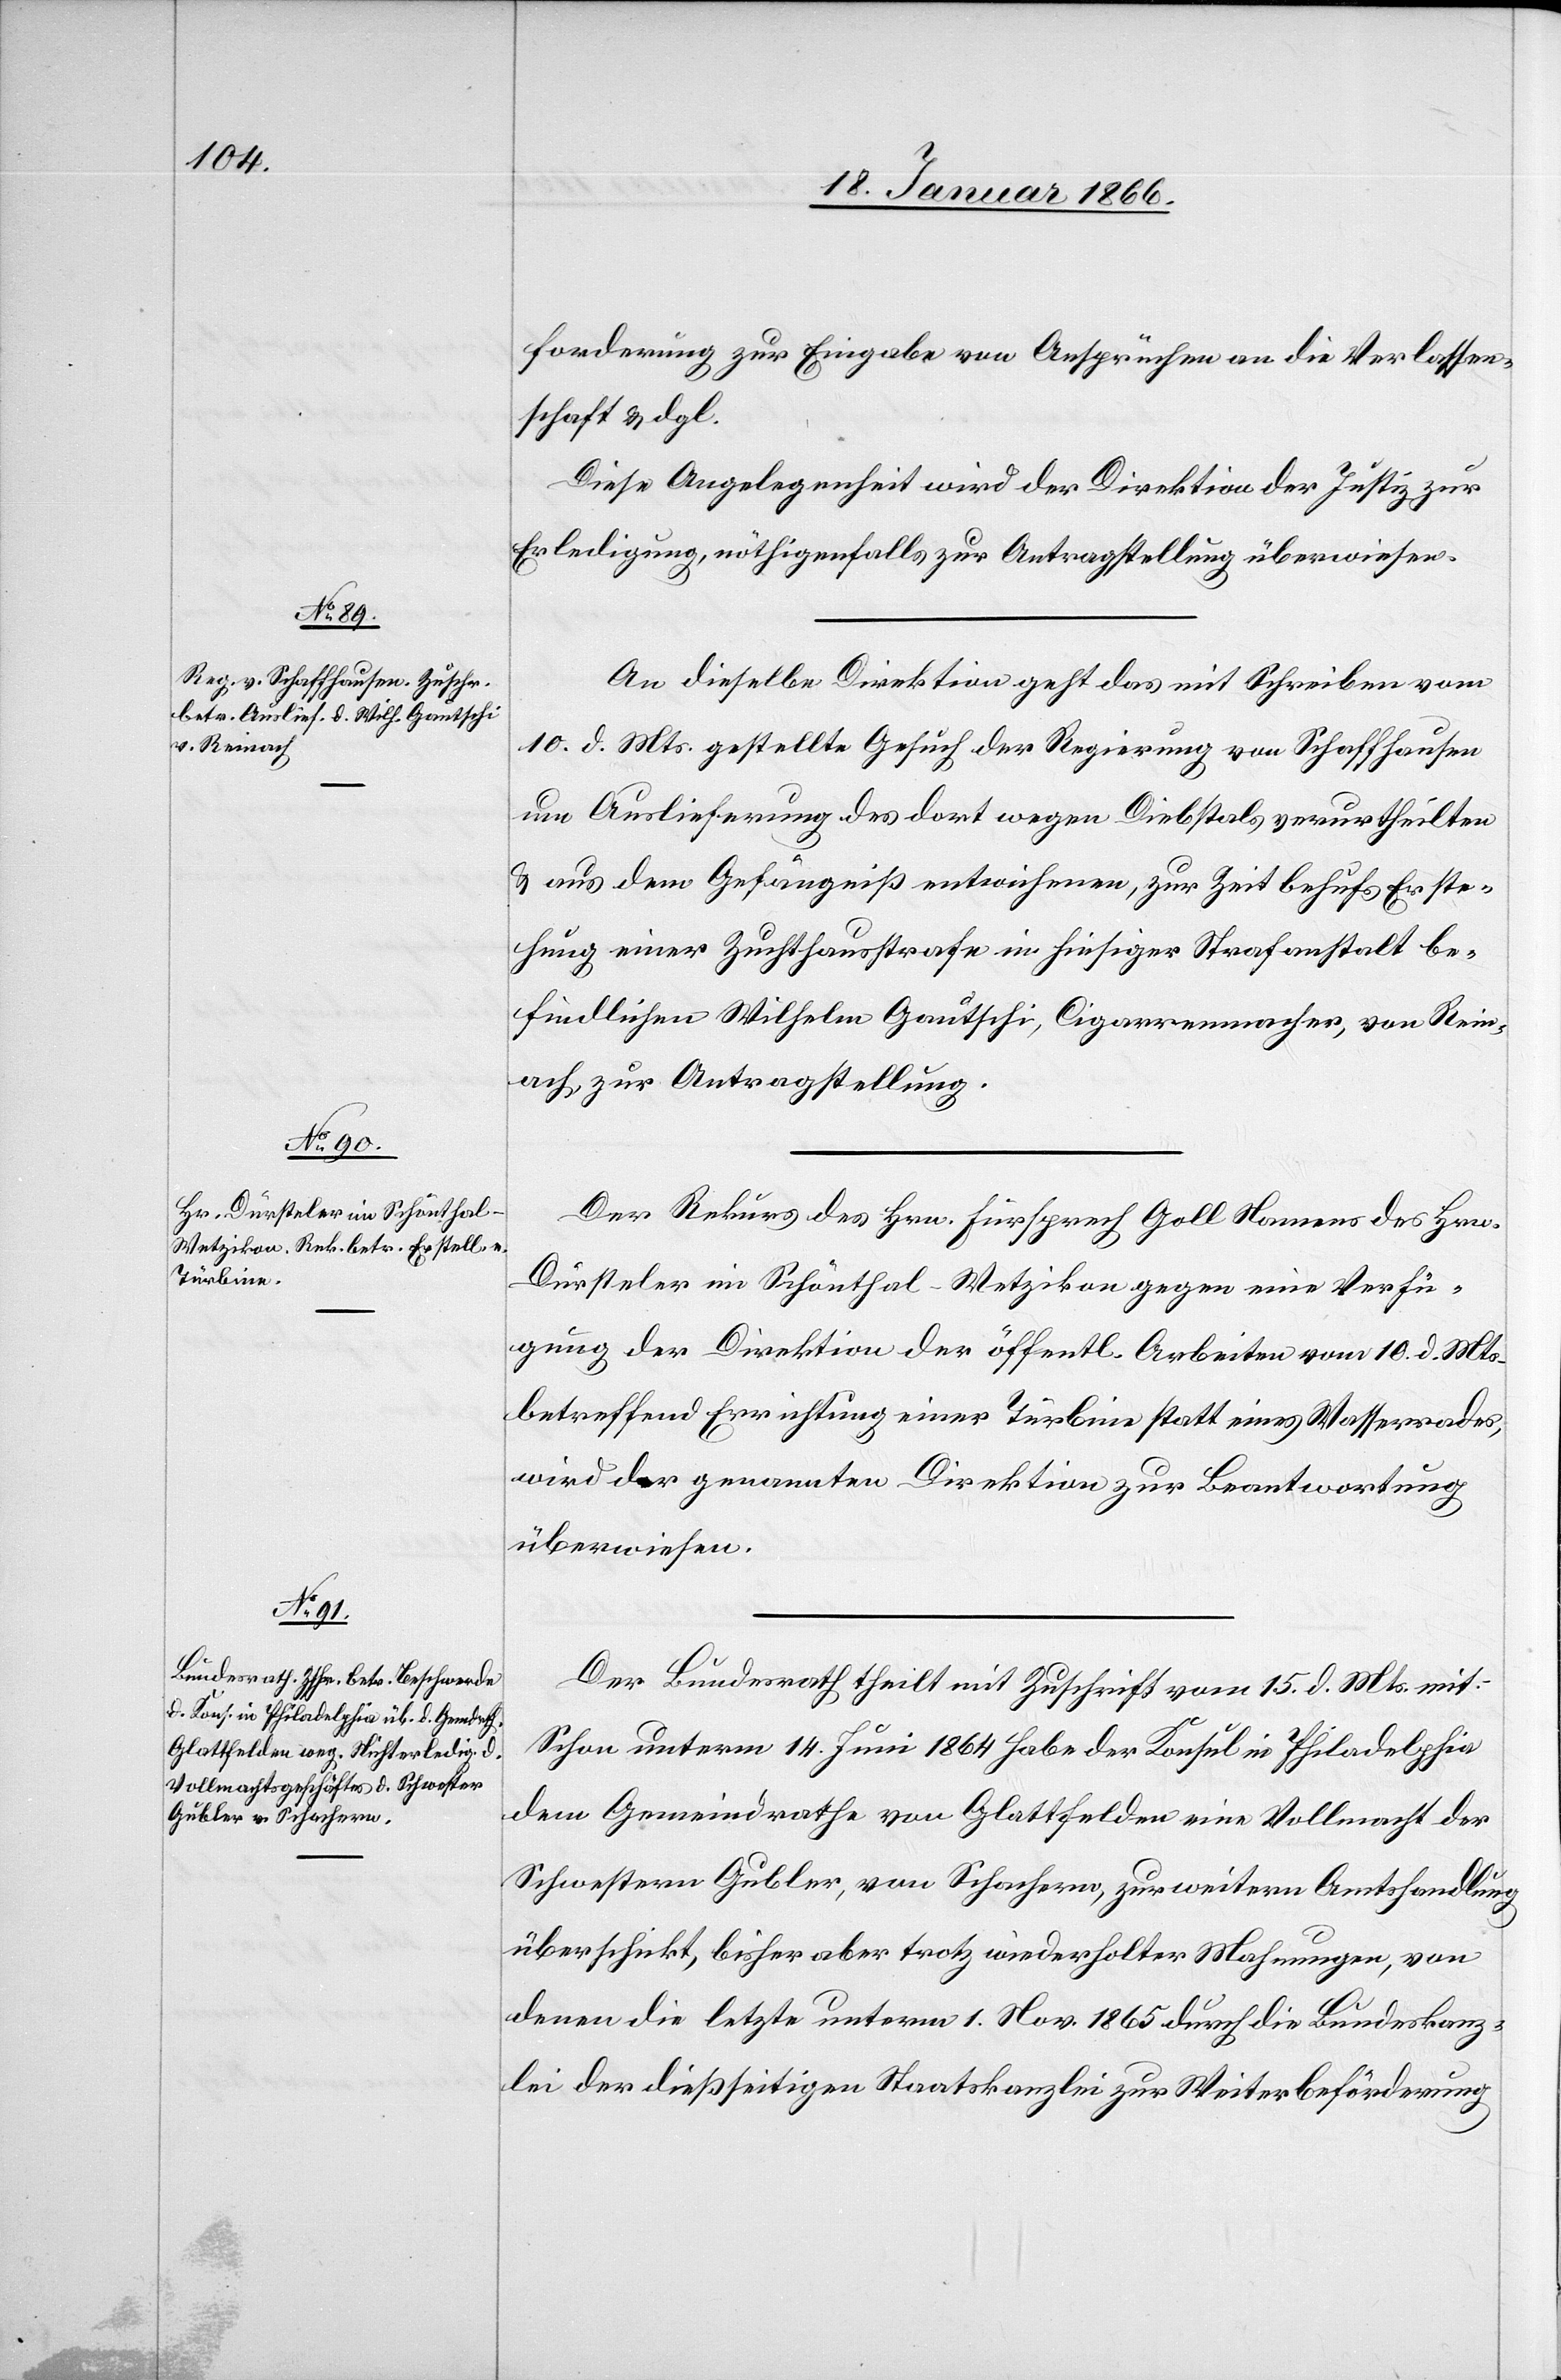
das mit

19. Januar 1866.]
forderung zur Eingabe von Ansprüchen an die Verlassen¬
schaft u. dgl.
Diese Angelegenheit wird der Direktion der Justiz zur
Erledigung, nöthigenfalls zur Antragstellung überwiesen.
10. d. Mts. gestellte Gesuch der Regierung von Schaffhausen
um Auslieferung des dort wegen Diebstahls verurtheilten
& aus dem Gefängniß entwichenen, zur Zeit behufs Erste¬
hung einer Zuchthausstrafe in hiesiger Strafanstalt be¬
findlichen Wilhelm Gautschi, Cigarrenmacher, von Rein¬
ach, zur Antragstellung.
Der Rekurs des Hrn. Fürsprech Goll Namens des Hrn.
Dürsteler im Schönthal-Wetzikon gegen eine Verfü¬
gung der Direktion der öffentl. Arbeiten vom 10.d. Mts.
betreffend Errichtung einer Turbine statt eines Wasserrades,
wird der genannten Direktion zur Beantwortung
überwiesen.
Der Bundesrath theilt mit Zuschrift vom 15. d. Mts. mit:
Schon unterm 14. Juni 1864 habe der Konsul in Philadelphia
dem Gemeindrathe von Glattfelden eine Vollmacht der
Schwestern Gubler, von Schachern [recte: Schachen],
überschickt, bisher aber trotz wiederholter Mahnungen, von
denen die letzte unterm 1. Nov. 1865 durch die Bundeskanz¬
lei der dießseitigen Staatskanzlei zur Weiterbeförderung